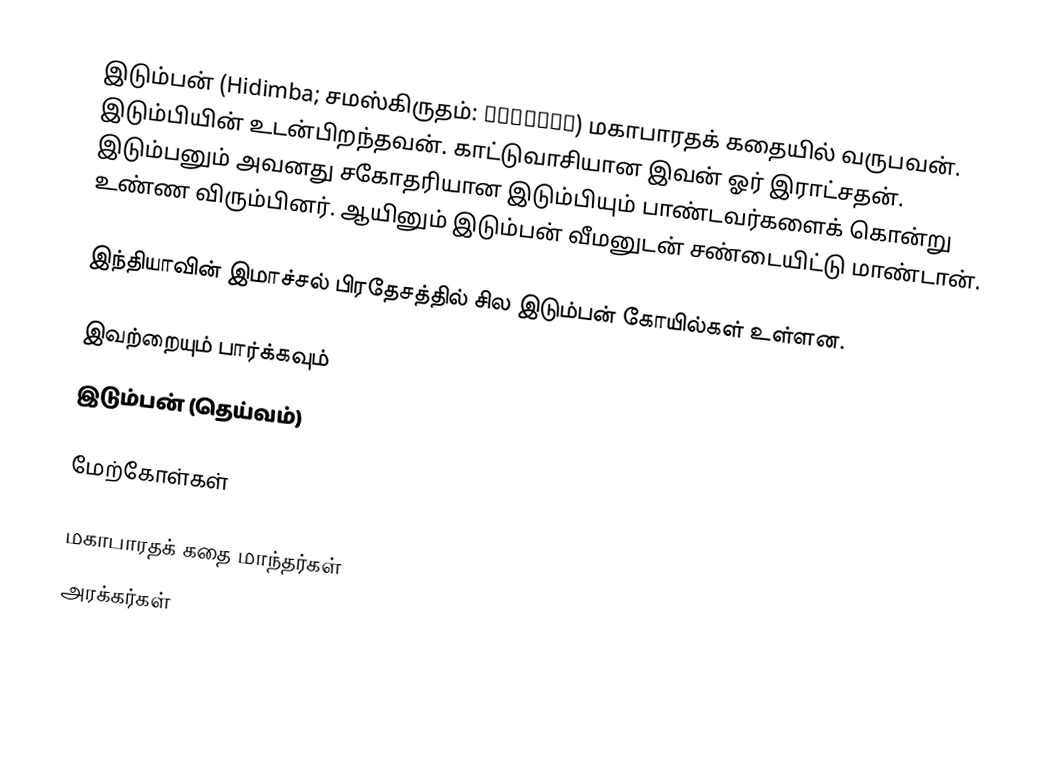
இடும்பன் (Hidimba; சமஸ்கிருதம்: हिडिम्ब) மகாபாரதக் கதையில் வருபவன். இடும்பியின் உடன்பிறந்தவன். காட்டுவாசியான இவன் ஓர் இராட்சதன். இடும்பனும் அவனது சகோதரியான இடும்பியும் பாண்டவர்களைக் கொன்று உண்ண விரும்பினர். ஆயினும் இடும்பன் வீமனுடன் சண்டையிட்டு மாண்டான்.

இந்தியாவின் இமாச்சல் பிரதேசத்தில் சில இடும்பன் கோயில்கள் உள்ளன.

இவற்றையும் பார்க்கவும்
 இடும்பன் (தெய்வம்)

மேற்கோள்கள்

மகாபாரதக் கதை மாந்தர்கள்
அரக்கர்கள்